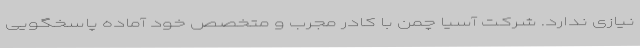
نیازی ندارد. شرکت آسیا چمن با کادر مجرب و متخصص خود آماده پاسخگویی